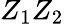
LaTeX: Z_{1}Z_{2}